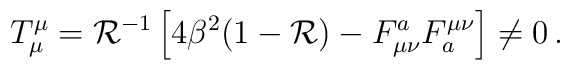
T^\mu_\mu={\cal{R}}^{-1}\left[4\beta^2(1-{\cal{R}})-F^a_{\mu\nu}F_a^{\mu\nu} \right] \neq 0\, .